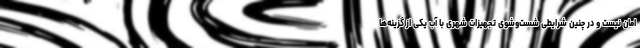
امان نیست و در چنین شرایطی شست‌وشوی تجهیزات شهری با آب یکی از گزینه‌ها